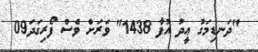
"ދަނޑިމަގު ޢީދު އުފާ 1438" ވަރަށް ވެސް ފޯރިގަދަ09